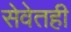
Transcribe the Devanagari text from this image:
सेवेतही